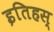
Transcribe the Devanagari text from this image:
इतिहस्